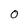
Character: O